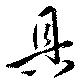
具